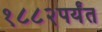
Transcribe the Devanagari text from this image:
१८८२पर्यंत